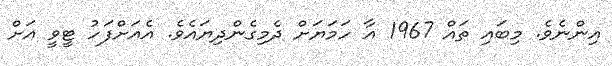
އިންނެވެ. މިބައި ތައް 1967 އާ ހަމަޔަށް ދެމިގެންދިޔައެވެ. އެއަށްފަހު ޓީވީ އަށް